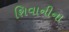
શિવાનીના